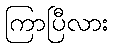
ကြာပြီလား